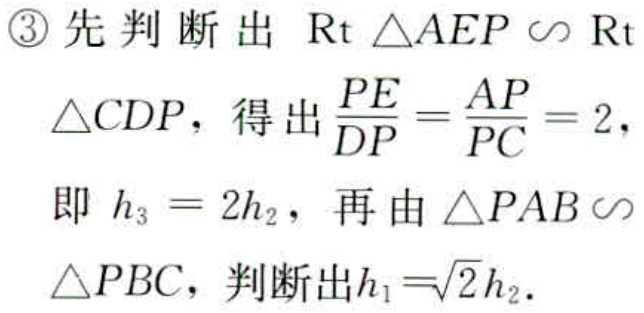
\textcircled{3}先判断出$\text{Rt }\triangle AEP\backsim\text{Rt } \triangle CDP$，得出$\dfrac{PE}{DP}=\dfrac{AP}{PC}=2$，即$h_{3}=2h_{2}$，再由$\triangle PAB\backsim\triangle PBC$，判断出$h_{1}=\sqrt{2}h_{2}$.